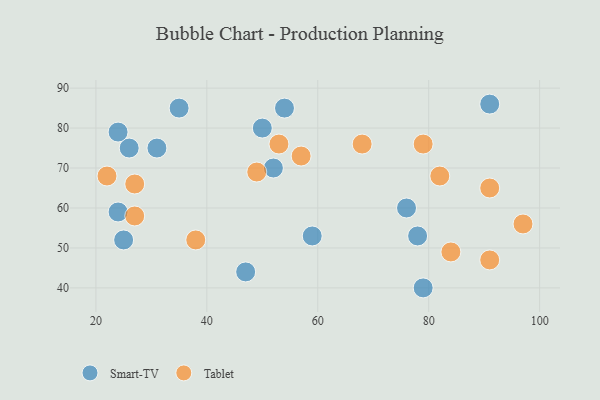
{"axis": {"x": "GDP", "y": "Life Expectancy"}, "legend": ["Smart-TV", "Tablet"], "data": [{"x": "79", "y": 40, "type": "Smart-TV"}, {"x": "26", "y": 75, "type": "Smart-TV"}, {"x": "24", "y": 59, "type": "Smart-TV"}, {"x": "59", "y": 53, "type": "Smart-TV"}, {"x": "25", "y": 52, "type": "Smart-TV"}, {"x": "52", "y": 70, "type": "Smart-TV"}, {"x": "31", "y": 75, "type": "Smart-TV"}, {"x": "47", "y": 44, "type": "Smart-TV"}, {"x": "24", "y": 79, "type": "Smart-TV"}, {"x": "35", "y": 85, "type": "Smart-TV"}, {"x": "78", "y": 53, "type": "Smart-TV"}, {"x": "50", "y": 80, "type": "Smart-TV"}, {"x": "76", "y": 60, "type": "Smart-TV"}, {"x": "54", "y": 85, "type": "Smart-TV"}, {"x": "91", "y": 86, "type": "Smart-TV"}, {"x": "57", "y": 73, "type": "Tablet"}, {"x": "84", "y": 49, "type": "Tablet"}, {"x": "53", "y": 76, "type": "Tablet"}, {"x": "68", "y": 76, "type": "Tablet"}, {"x": "22", "y": 68, "type": "Tablet"}, {"x": "82", "y": 68, "type": "Tablet"}, {"x": "97", "y": 56, "type": "Tablet"}, {"x": "49", "y": 69, "type": "Tablet"}, {"x": "27", "y": 66, "type": "Tablet"}, {"x": "91", "y": 47, "type": "Tablet"}, {"x": "38", "y": 52, "type": "Tablet"}, {"x": "91", "y": 65, "type": "Tablet"}, {"x": "27", "y": 58, "type": "Tablet"}, {"x": "79", "y": 76, "type": "Tablet"}]}